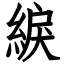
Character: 綟